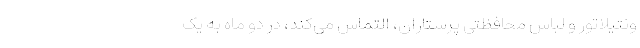
ونتیلاتور و لباس محافظتی پرستاران، التماس می‌کند، در دو ماه به یک